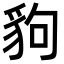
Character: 豿